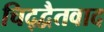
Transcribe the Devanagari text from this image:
चिद्द्वैतवाद